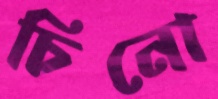
চিনো